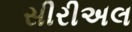
સીરીઅલ